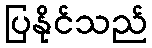
ပြနိုင်သည်